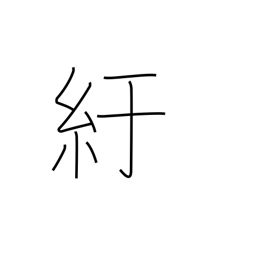
Meaning: crouch